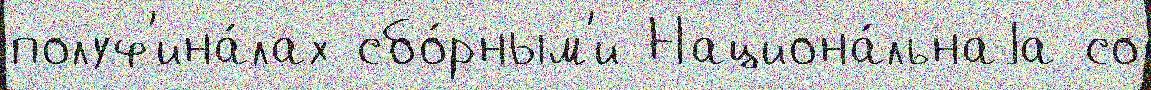
полуф'ина́лах сбо́рным'и Национа́льнаjа со